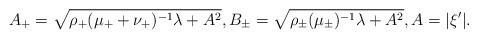
LaTeX: \begin{align*}A_+ = \sqrt{\rho_{+}(\mu_{+} + \nu_{+})^{-1}\lambda + A^2}, B_\pm = \sqrt{\rho_{\pm}(\mu_{\pm})^{-1}\lambda + A^2}, A = |\xi'|.\end{align*}